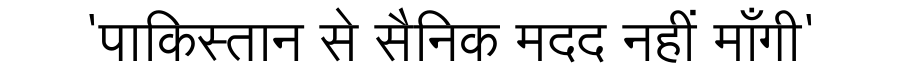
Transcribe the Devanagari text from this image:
'पाकिस्तान से सैनिक मदद नहीं माँगी'